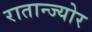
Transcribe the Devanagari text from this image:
रातान्ज्योर